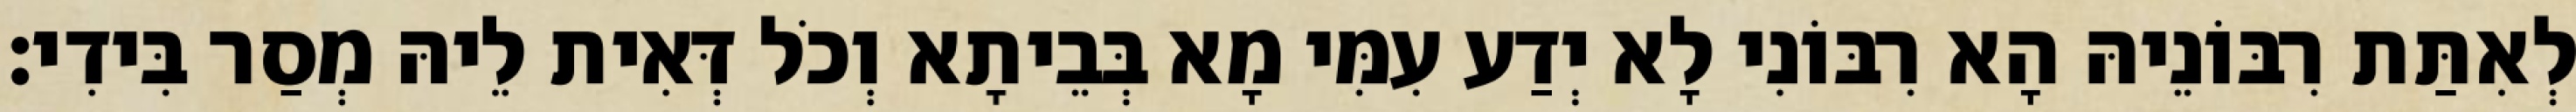
לְאִתַּת רִבּוֹנֵיהּ הָא רִבּוֹנִי לָא יְדַע עִמִּי מָא בְּבֵיתָא וְכֹל דְּאִית לֵיהּ מְסַר בִּידִי׃